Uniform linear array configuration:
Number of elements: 12
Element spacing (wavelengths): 0.5
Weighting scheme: hamming
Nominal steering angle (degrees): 60
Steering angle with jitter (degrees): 60.679
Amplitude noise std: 0.05
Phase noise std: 0.05

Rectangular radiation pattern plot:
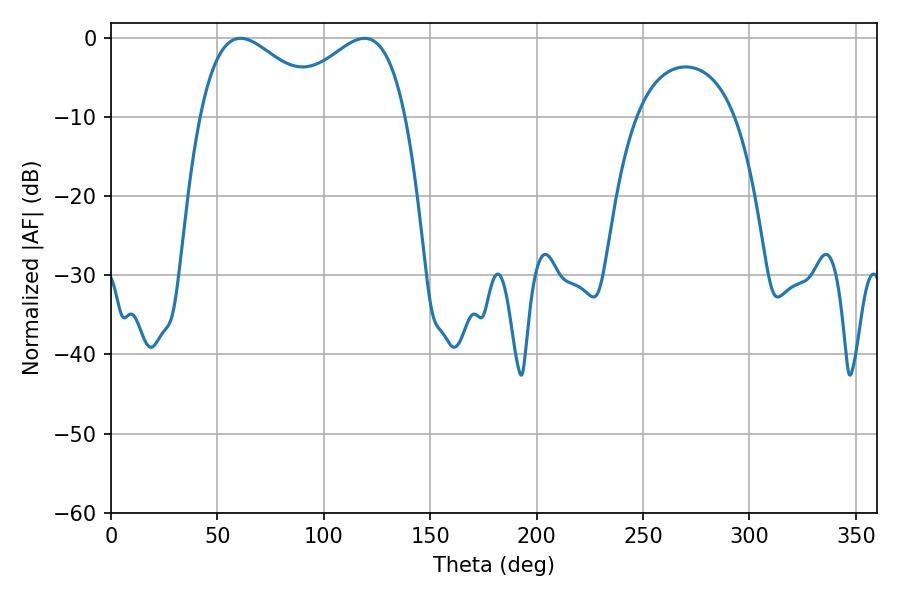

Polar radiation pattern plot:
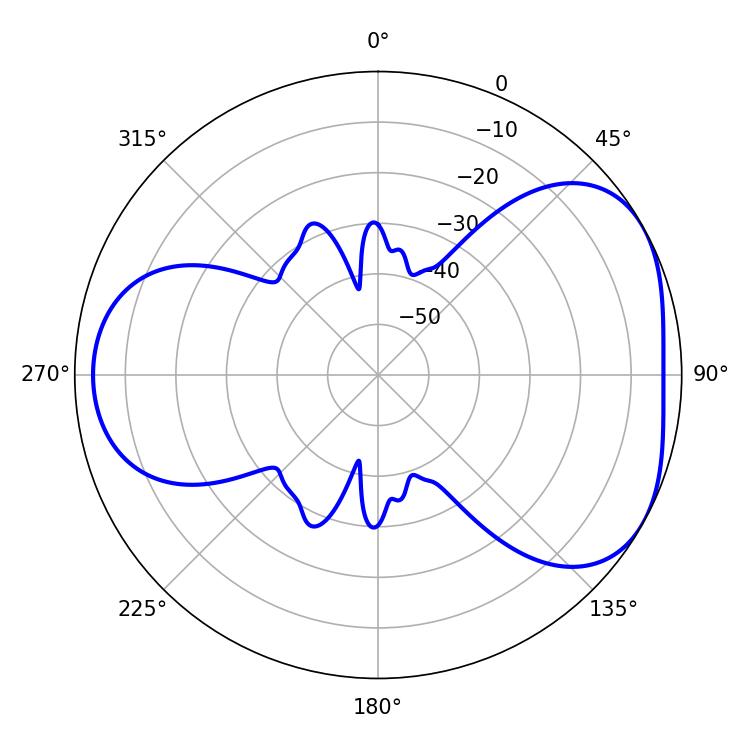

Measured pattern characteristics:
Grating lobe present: FALSE
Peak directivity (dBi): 4.4
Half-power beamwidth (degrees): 32.04
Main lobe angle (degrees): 60.84